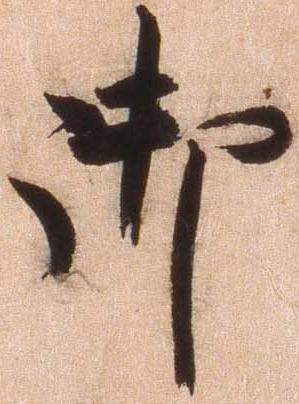
御